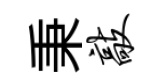
秉敲